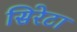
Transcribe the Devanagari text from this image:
सिरेटा